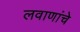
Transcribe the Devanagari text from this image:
लवाणांचे